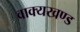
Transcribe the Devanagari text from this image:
वाक्यखण्ड